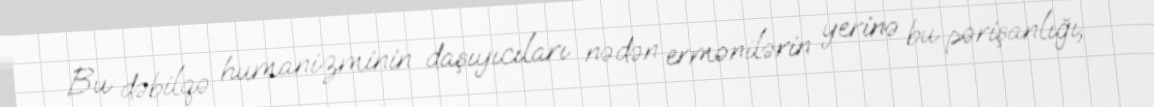
Bu dəbilqə humanizminin daşıyıcıları nədən ermənilərin yerinə bu pərişanlığı,